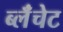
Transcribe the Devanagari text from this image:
ब्लॅंचेट